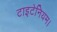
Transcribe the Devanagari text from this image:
टाइटेनियम।